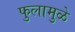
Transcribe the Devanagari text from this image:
फुलामुळे